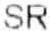
SR